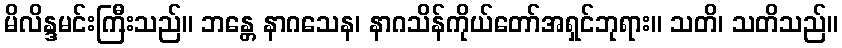
မိလိန္ဒမင်းကြီးသည်။ ဘန္တေ နာဂသေန၊ နာဂသိန်ကိုယ်တော်အရှင်ဘုရား။ သတိ၊ သတိသည်။